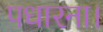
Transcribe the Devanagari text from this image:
पधारना।